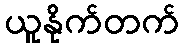
ယူနိုက်တက်